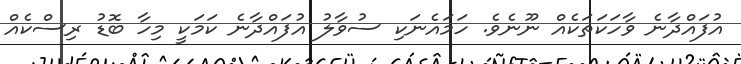
އުފައްދާނެ ވާހަކަތަކެއް ނޫނެވެ. ހަމައެނަކި ސުވާލު އުފައްދާނެ ކަމަކީ މިހާ ބޮޑު ރިސްކެއް